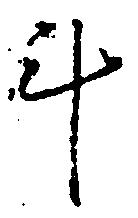
斗